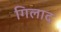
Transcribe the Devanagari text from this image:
गिलाद